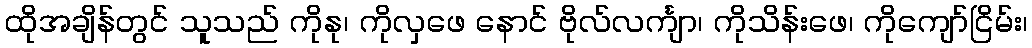
ထိုအချိန်တွင် သူသည် ကိုနု၊ ကိုလှဖေ နောင် ဗိုလ်လင်္ကျာ၊ ကိုသိန်းဖေ၊ ကိုကျော်ငြိမ်း၊